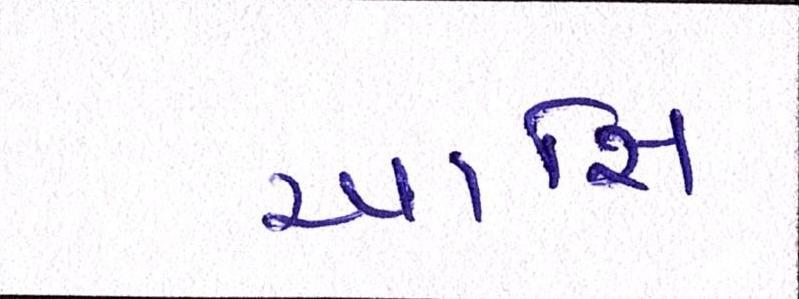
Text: આસિ